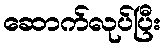
ဆောက်လုပ်ပြီး